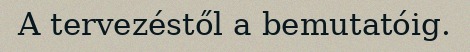
A tervezéstől a bemutatóig.